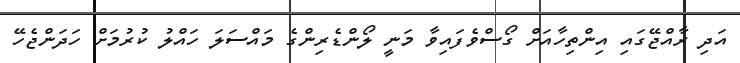
އަދި ރާއްޖޭގައި އިންތިހާއަށް ގޯސްވެފައިވާ މަނީ ލޯންޑެރިންގެ މައްސަލަ ހައްލު ކުރުމަށް ހަދަންޖެހޭ